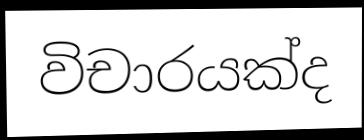
විචාරයක්ද